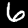
Digit: 6